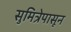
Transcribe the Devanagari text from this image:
सुमित्रेपासून